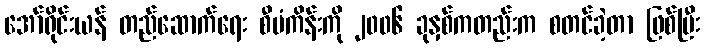
အော်ရိုင်းယန် တည်ဆောက်ရေး စီမံကိန်းကို ၂၀၀၆ ခုနှစ်ကတည်းက စတင်ခဲ့တာ ဖြစ်ပြီး